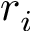
r _ { i }